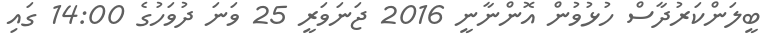
ބީލަންކަރުދާސް ހުޅުވުން އޮންނާނީ 2016 ޖަނަވަރީ 25 ވަނަ ދުވަހުގެ 14:00 ގައި